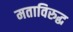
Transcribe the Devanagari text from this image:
मताविरुद्ध